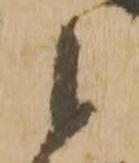
候